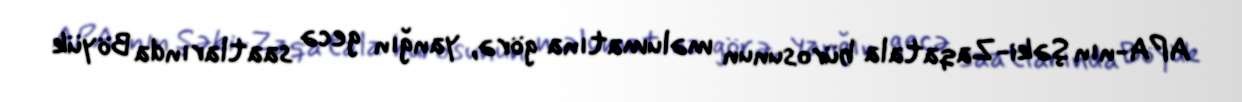
APA-nın Şəki-Zaqatala bürosunun məlumatına görə, yanğın gecə saatlarında Böyük